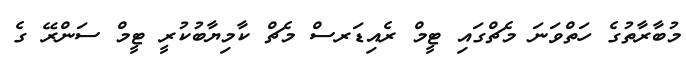
މުބާރާތުގެ ހަތްވަނަ މެޗްގައި ޓީމް ރެއިޑަރސް މެޗް ކާމިޔާބުކުރީ ޓީމް ސަންރޭ ގެ